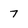
Character: 7